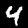
Label: 4